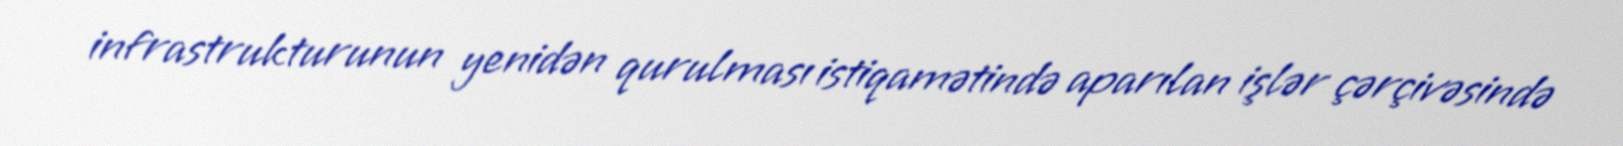
infrastrukturunun yenidən qurulması istiqamətində aparılan işlər çərçivəsində